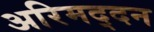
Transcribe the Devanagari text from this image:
अरिमद्दन